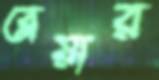
ব্লেয়ার